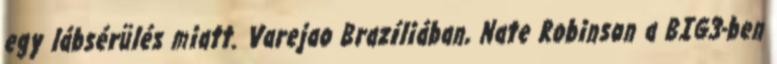
egy lábsérülés miatt. Varejao Brazíliában, Nate Robinson a BIG3-ben